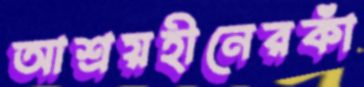
আশ্রয়হীনেরকাঁ